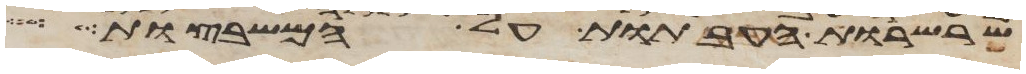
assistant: שרשרות העבתות על המשבצות